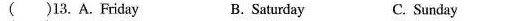
()13. A. Friday B.Saturday C.Sunday